Scottish Leaving Certificate Examination, 1956
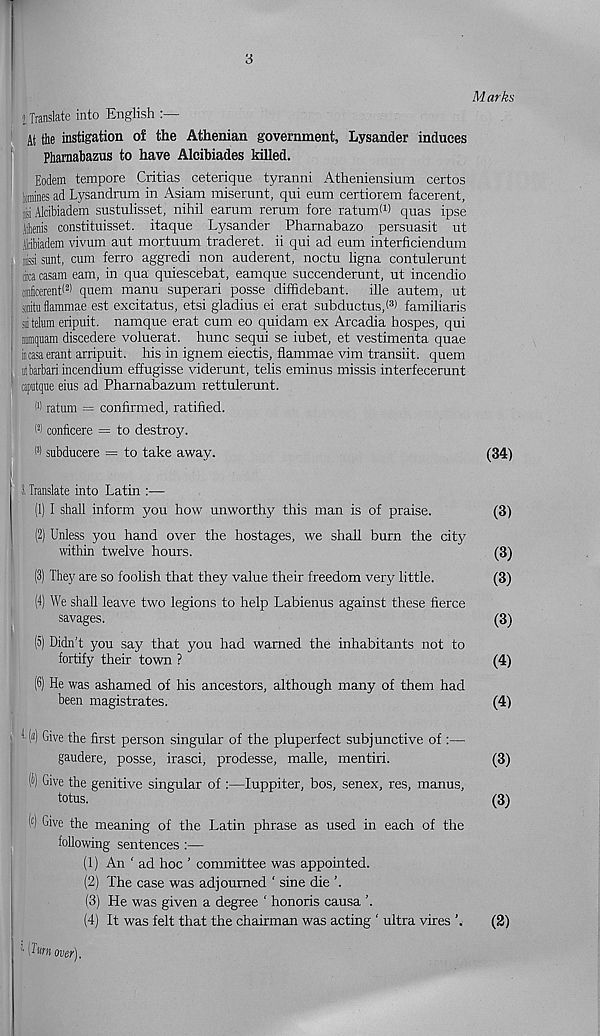
3
M arks
l Translate into English
At the instigation of the Athenian government, Lysander induces
Pharnabazus to have Alcibiades killed.
Eodem tempore Critias ceterique tyranni Atheniensium certos
snines ad Lysandrum in Asiam miserunt, qui eum certiorem facerent,
3 ;i Alcibiadem sustulisset, nihil earum rerum fore ratumW quas ipse
.ilhenis constituisset. itaque Lysander Pharnabazo persuasit ut
tibiadem vivum aut mortuum traderet. ii qui ad eum interficiendum
issi sunt, cum ferro aggredi non auderent, noctu ligna contulerunt
I tiica casam earn, in qua quiescebat, eamque succenderunt, ut incendio
; miicerent< 2 > quem manu superari posse dif&debant. ille autem, ut
smituflammae est excitatus, etsi gladius ei erat subductusd 3 ) familiaris
iiitelum eripuit. namque erat cum eo quidam ex Arcadia hospes, qui
mmquam discedere voluerat. hunc sequi se iubet, et vestimenta quae
iicasaerant arripuit. his in ignem eiectis, flammae vim transiit. quem
utbarbariincendium effugisse viderunt, telis eminus missis interfecerunt
caputque eius ad Pharnabazum rettulerunt.
M ratum = confirmed, ratified.
IP) conficere = to destroy.
I 3 ) subducere = to take away.
(34)
J. Translate into Latin :—
(1) I shall inform you how unworthy this man is of praise.
(3)
(2) Unless you hand over the hostages, we shall burn the city
within twelve hours.
(3)
(3) They are so foolish that they value their freedom very little.
(3)
(4) We shall leave two legions to help Labienus against these fierce
savages.
(3)
(5) Didn’t you say that you had warned the inhabitants not to
fortify their town ?
(4)
(6) He was ashamed of his ancestors, although many of them had
been magistrates.
(4)
s 1 («) Give the first person singular of the pluperfect subjunctive of :—
gaudere, posse, irasci, prodesse, malle, mentiri.
(3)
(&) Give the genitive singular of :—luppiter, bos, senex, res, manus,
totus.
(3)
( c ) Give the meaning of the Latin phrase as used in each of the
following sentences :—
(1) An ‘ ad hoc ’ committee was appointed.
(2) The case was adjourned ‘ sine die ’.
(3) He was given a degree ‘ honoris causa ’.
(4) It was felt that the chairman was acting ‘ ultra vires
(2)
[Tun over).